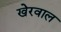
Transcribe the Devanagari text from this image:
खेरवाल